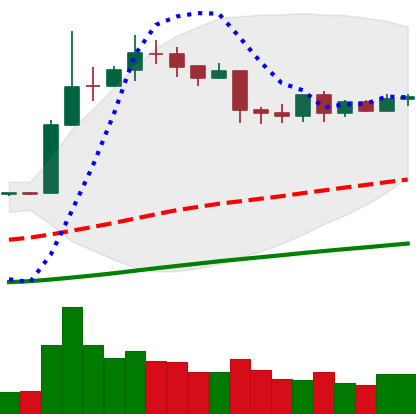
Ticker: LTC-USD
Chart end date: 2019-04-19
Forward return: -11.215%
Label: down_7plus